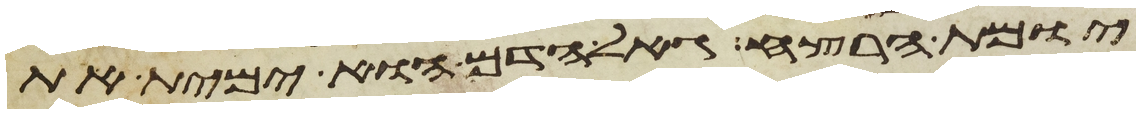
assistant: יומת הרצח גאל הדם הוא ימית את